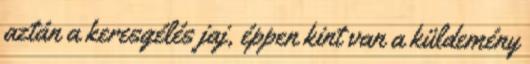
aztán a keresgélés jaj, éppen kint van a küldemény